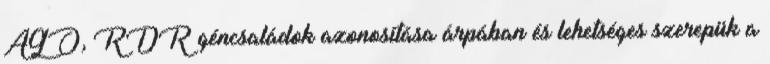
AGO, RDR géncsaládok azonosítása árpában és lehetséges szerepük a